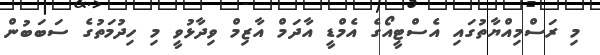
މި ރަސްމިއްޔާތުގައި އެސްޓީއޯގެ އެމްޑީ އާދަމް އާޒިމް ވިދާޅުވީ މި ހިދުމަތުގެ ސަބަބުން